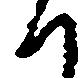
と